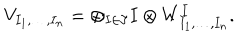
V _ { I _ { 1 } , \dots , I _ { n } } = \oplus _ { I \in \Im } I \otimes W _ { I _ { 1 } , \dots , I _ { n } } ^ { I } .